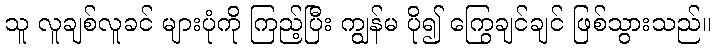
သူ လူချစ်လူခင် များပုံကို ကြည့်ပြီး ကျွန်မ ပို၍ ကြွေချင်ချင် ဖြစ်သွားသည်။